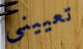
تعييني